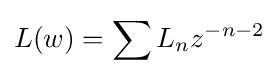
L(w)=\sum L_{n}z^{-n-2}